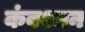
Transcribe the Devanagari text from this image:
कंबश्चन